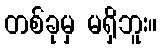
တစ်ခုမှ မရှိဘူး။